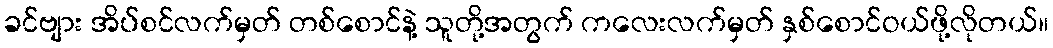
ခင်ဗျား အိပ်စင်လက်မှတ် တစ်စောင်နဲ့ သူတို့အတွက် ကလေးလက်မှတ် နှစ်စောင်ဝယ်ဖို့လိုတယ်။